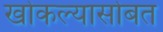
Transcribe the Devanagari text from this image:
खोकल्यासोबत